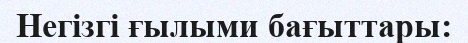
Негізгі ғылыми бағыттары: